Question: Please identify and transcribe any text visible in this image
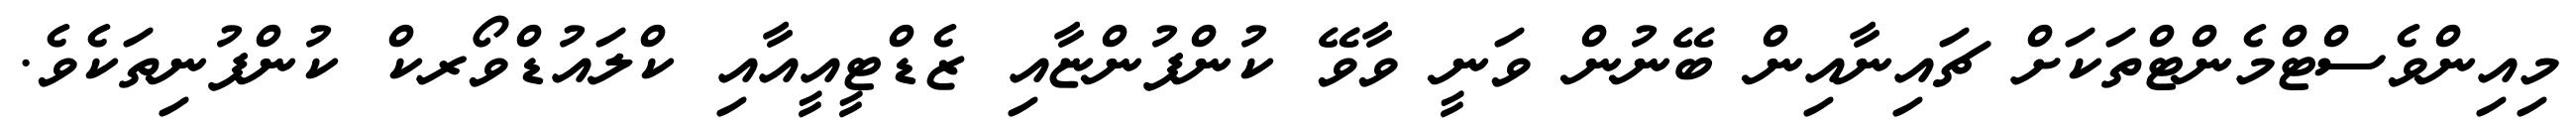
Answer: މިއިންވެސްޓްމެންޓްތަކަށް ޗައިނާއިން ބޭނުން ވަނީ ވާވޭ ކުންފުންޏާއި ޒެޑްޓީއީއާއި ކްލައުޑްވޯރކް ކުންފުނިތަކެވެ.